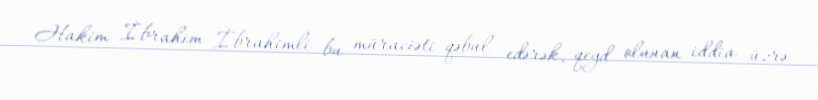
Hakim İbrahim İbrahimli bu müraciəti qəbul edərək, qeyd olunan iddia üzrə